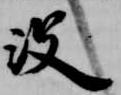
没